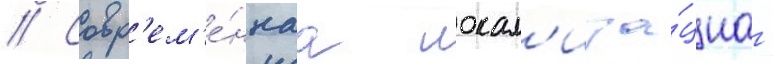
// Совр'ем'е́ннаа локал'иза́циа -